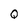
Character: Q